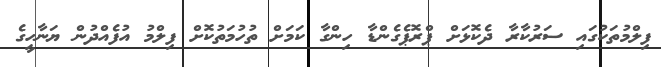
ފިލްމުތަކުގައި ސަރުކާރާ ދެކޮޅަށް ޕްރޮޕެގެންޑާ ހިންގާ ކަމަށް ތުހުމަތުކޮށް ފިލްމު އުފެއްދުން ޔަނާހީގެ